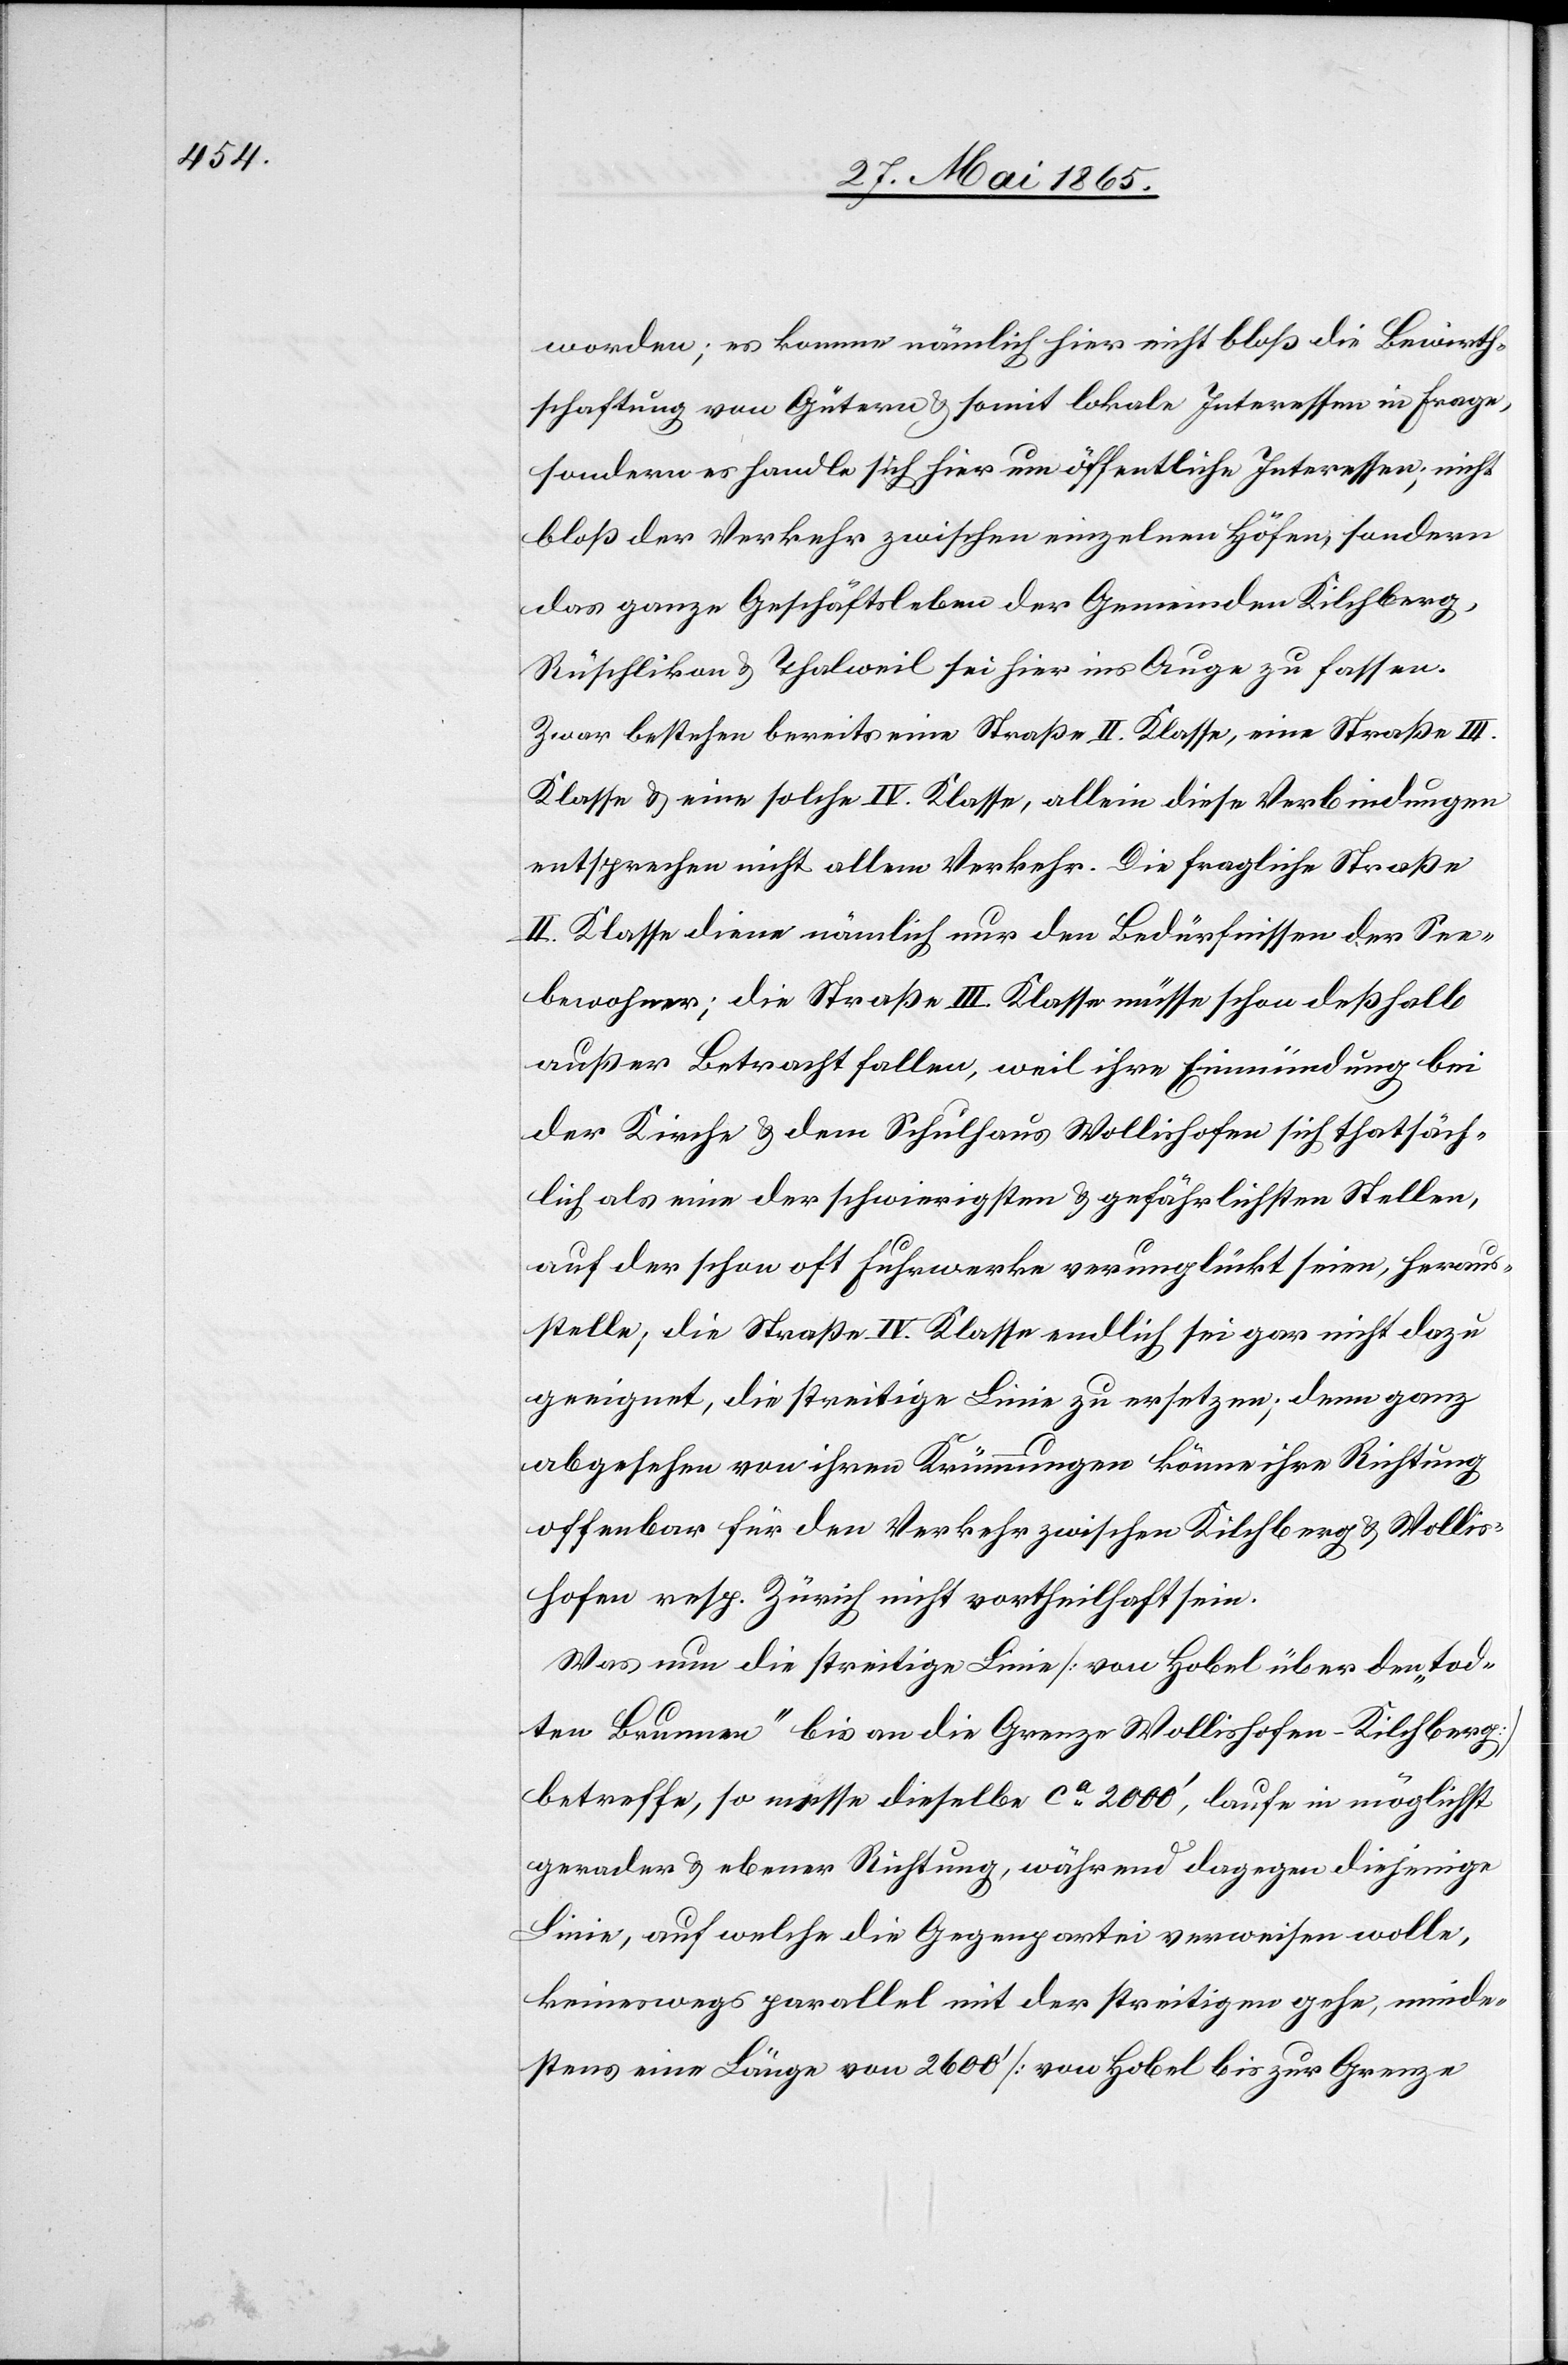
worden; es komme nämlich hier nicht bloß die Bewirth¬
schaftung von Gütern & somit lokale Interessen in Frage,
sondern es handle sich hier um öffentliche Interessen; nicht
bloß der Verkehr zwischen einzelnen Höfen, sondern
das ganze Geschäftsleben der Gemeinden Kilchberg,
Rüschlikon & Thalweil sei hier ins Auge zu fassen.
Zwar bestehen bereits eine Straße II. Klasse, eine Straße III.
Klasse & eine solche IV. Klasse, allein diese Verbindungen
entsprechen nicht allem Verkehr. Die fragliche Straße
II. Klasse diene nämlich nur den Bedürfnissen der See¬
bewohner; die Straße III. Klasse müsse schon deßhalb
außer Betracht fallen, weil ihre Einmündung bei
der Kirche & dem Schulhaus Wollishofen sich thatsäch¬
lich als eine der schwierigsten & gefährlichsten Stellen,
auf der schon oft Fuhrwerke verunglückt seien, heraus¬
stelle, die Straße IV. Klasse endlich sei gar nicht dazu
geeignet, die streitige Linie zu ersetzen; denn ganz
abgesehen von ihren Krümmungen könne ihre Richtung
offenbar für den Verkehr zwischen Kilchberg & Wollis¬
hofen resp. Zürich nicht vortheilhaft sein.
Was nun die streitige Linie [von Hobel über den „tod¬
ten Brunnen“ bis an die Grenze Wollishofen-Kilchberg]
betreffe, so messe dieselbe ca 2000’, laufe in möglichst
gerader & ebener Richtung, während dagegen diejenige
Linie, auf welche die Gegenpartei verweisen wolle,
keineswegs parallel mit der streitigen gehe, minde¬
stens eine Länge von 2600’ [von Hobel bis zur Grenze